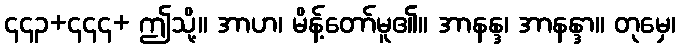
၄၄၃+၄၄၄+ ဤသို့။ အာဟ၊ မိန့်တော်မူ၏။ အာနန္ဒ၊ အာနန္ဒာ။ တုမှေ၊